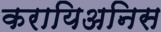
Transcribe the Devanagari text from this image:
करायिअनिस